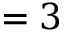
= 3